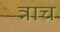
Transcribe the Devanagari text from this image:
त्राच